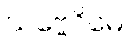
သဗ္ဗေဝိမေ